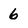
Character: 6